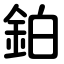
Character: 鉑